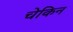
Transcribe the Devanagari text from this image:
चेकिन